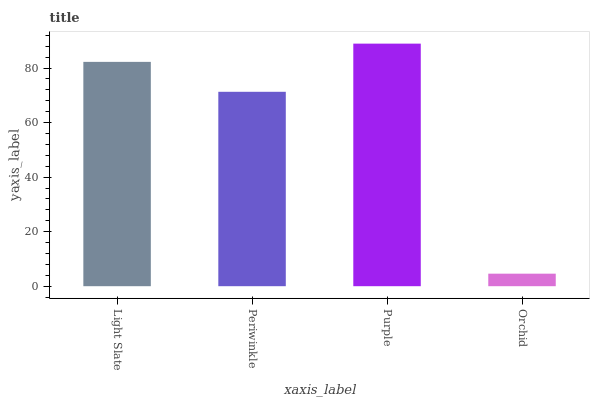
| xaxis_label | bars |
 | --- | --- |
 | Light Slate | 82.3 |
 | Periwinkle | 71.3 |
 | Purple | 89 |
 | Orchid | 4.59 |